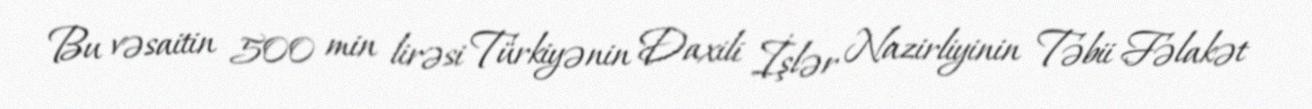
Bu vəsaitin 500 min lirəsi Türkiyənin Daxili İşlər Nazirliyinin Təbii Fəlakət